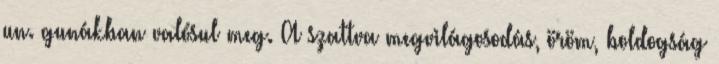
un. gunákban valósul meg. A szattva megvilágosodás, öröm, boldogság